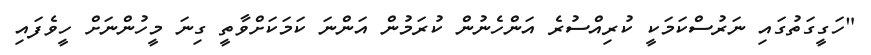
"ހަގީގަތުގައި ނަރުސްކަމަކީ ކުރިއްސުރެ އަންހެނުން ކުރަމުން އަންނަ ކަމަކަށްވާތީ ގިނަ މީހުންނަށް ހީވެފައި